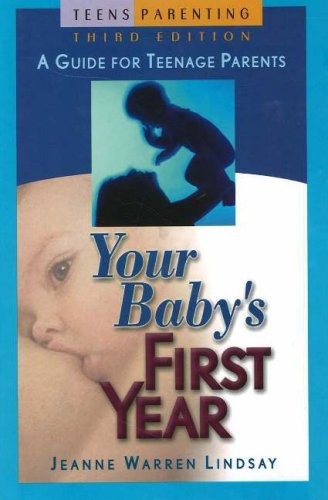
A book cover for Your Baby's First Year: A Guide for Teenage Parents (Teen Pregnancy and Parenting series); Jeanne Warren Lindsay; Teen & Young Adult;